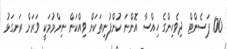
100 ޕަސެންޓް ދިވެހިންގެ ހިއްސާ އޮންނަ ކުންފުނިތަކަށް ވިއްކަން ނިންމުމަކީ ވަރަށް ރަނގަޅު